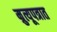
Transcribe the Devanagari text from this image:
म्रुत्यूपत्रात